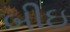
બીઇ